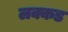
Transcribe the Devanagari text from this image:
लक्कड